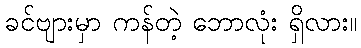
ခင်ဗျားမှာ ကန်တဲ့ ဘောလုံး ရှိလား။